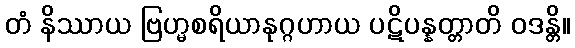
တံ နိဿာယ ဗြဟ္မစရိယာနုဂ္ဂဟာယ ပဋိပန္နတ္တာတိ ဝဒန္တိ။